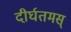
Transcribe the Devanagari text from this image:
दीर्घतमस्‌